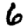
Digit: 6